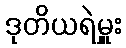
ဒုတိယရဲမှူး